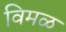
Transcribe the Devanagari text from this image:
विमळ